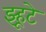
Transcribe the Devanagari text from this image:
झ्हूटे